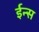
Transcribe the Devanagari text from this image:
ईन्स